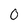
Character: 0